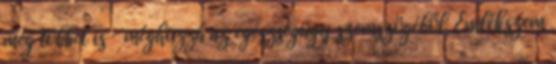
még többet is – méghozzá az egészségügy szemszögéből. Emlékszem